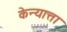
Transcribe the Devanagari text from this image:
केन्यात्ता